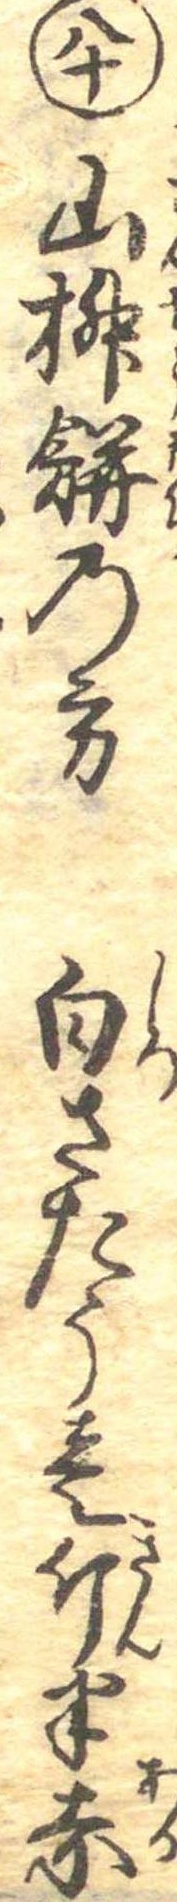
八十山椒餅の方白さたう壱斤半赤